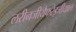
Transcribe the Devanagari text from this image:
लरीनजीयैफरेइजीयाल